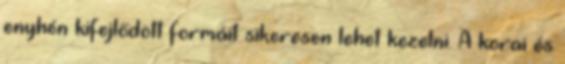
enyhén kifejlődött formáit sikeresen lehet kezelni. A korai és